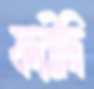
ফরীদি